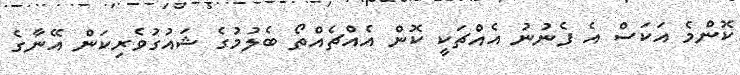
ކޮންމެ އަކަސް އެ ފެނުނު އެއްޗަކީ ކޮން އެއްޗެއްތޯ ބެލުމުގެ ޝައުގުވެރިކަން އޭނާގެ